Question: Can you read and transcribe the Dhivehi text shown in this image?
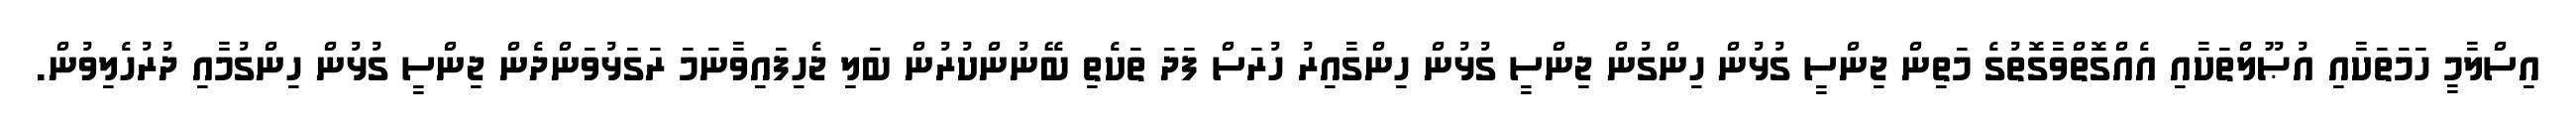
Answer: އިސްލާމީ ހަމަތަކާއި އުޞޫލްތަކާއި އެއްގޮތްވާގޮތުގެ މަތިން ޖިންސީ ގުޅުން ހިންގުން ޖިންސީ ގުޅުން ހިންގާއިރު ހުރަސް ފަދަ ތަކެތި ބޭނުންކުރުން ބަލި ޖެހިފައިވާނަމަ ރަގަޅުވަންދެން ޖިންސީ ގުޅުން ހިންގުމާއި ދުރުހެލިވުން.